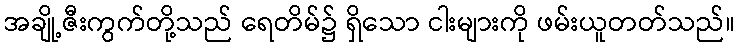
အချို့ဇီးကွက်တို့သည် ရေတိမ်၌ ရှိသော ငါးများကို ဖမ်းယူတတ်သည်။